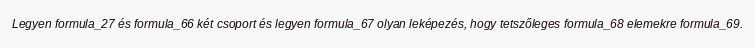
Legyen formula_27 és formula_66 két csoport és legyen formula_67 olyan leképezés, hogy tetszőleges formula_68 elemekre formula_69.